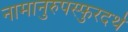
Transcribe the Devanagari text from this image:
नामानुरुपस्फुरदर्थ